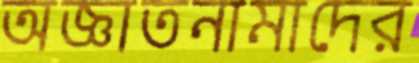
অজ্ঞাতনামাদের